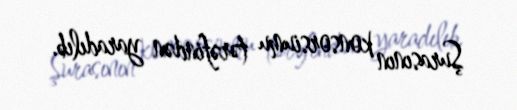
Şurasının konsorsiumu tərəfindən yaradılıb.